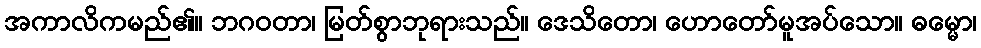
အကာလိကမည်၏။ ဘဂဝတာ၊ မြတ်စွာဘုရားသည်။ ဒေသိတော၊ ဟောတော်မူအပ်သော။ ဓမ္မော၊